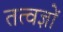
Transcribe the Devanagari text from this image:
तत्वज्ञों